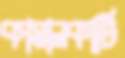
কামালকাটি